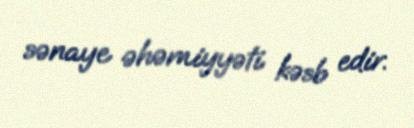
sənaye əhəmiyyəti kəsb edir.